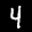
Label: 4